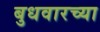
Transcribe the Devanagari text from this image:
बुधवारच्या